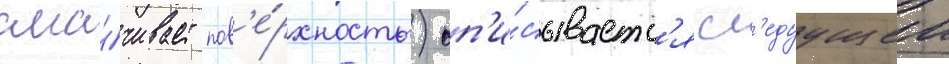
сма́чивает пов'е́рхность) оп'и́сываетс'я сл'едуущеи